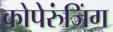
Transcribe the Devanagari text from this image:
कोपेरुंजिंग